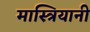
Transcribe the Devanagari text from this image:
मास्त्रियानी